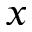
x